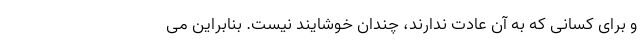
و برای کسانی که به آن عادت ندارند، چندان خوشایند نیست. بنابراین می